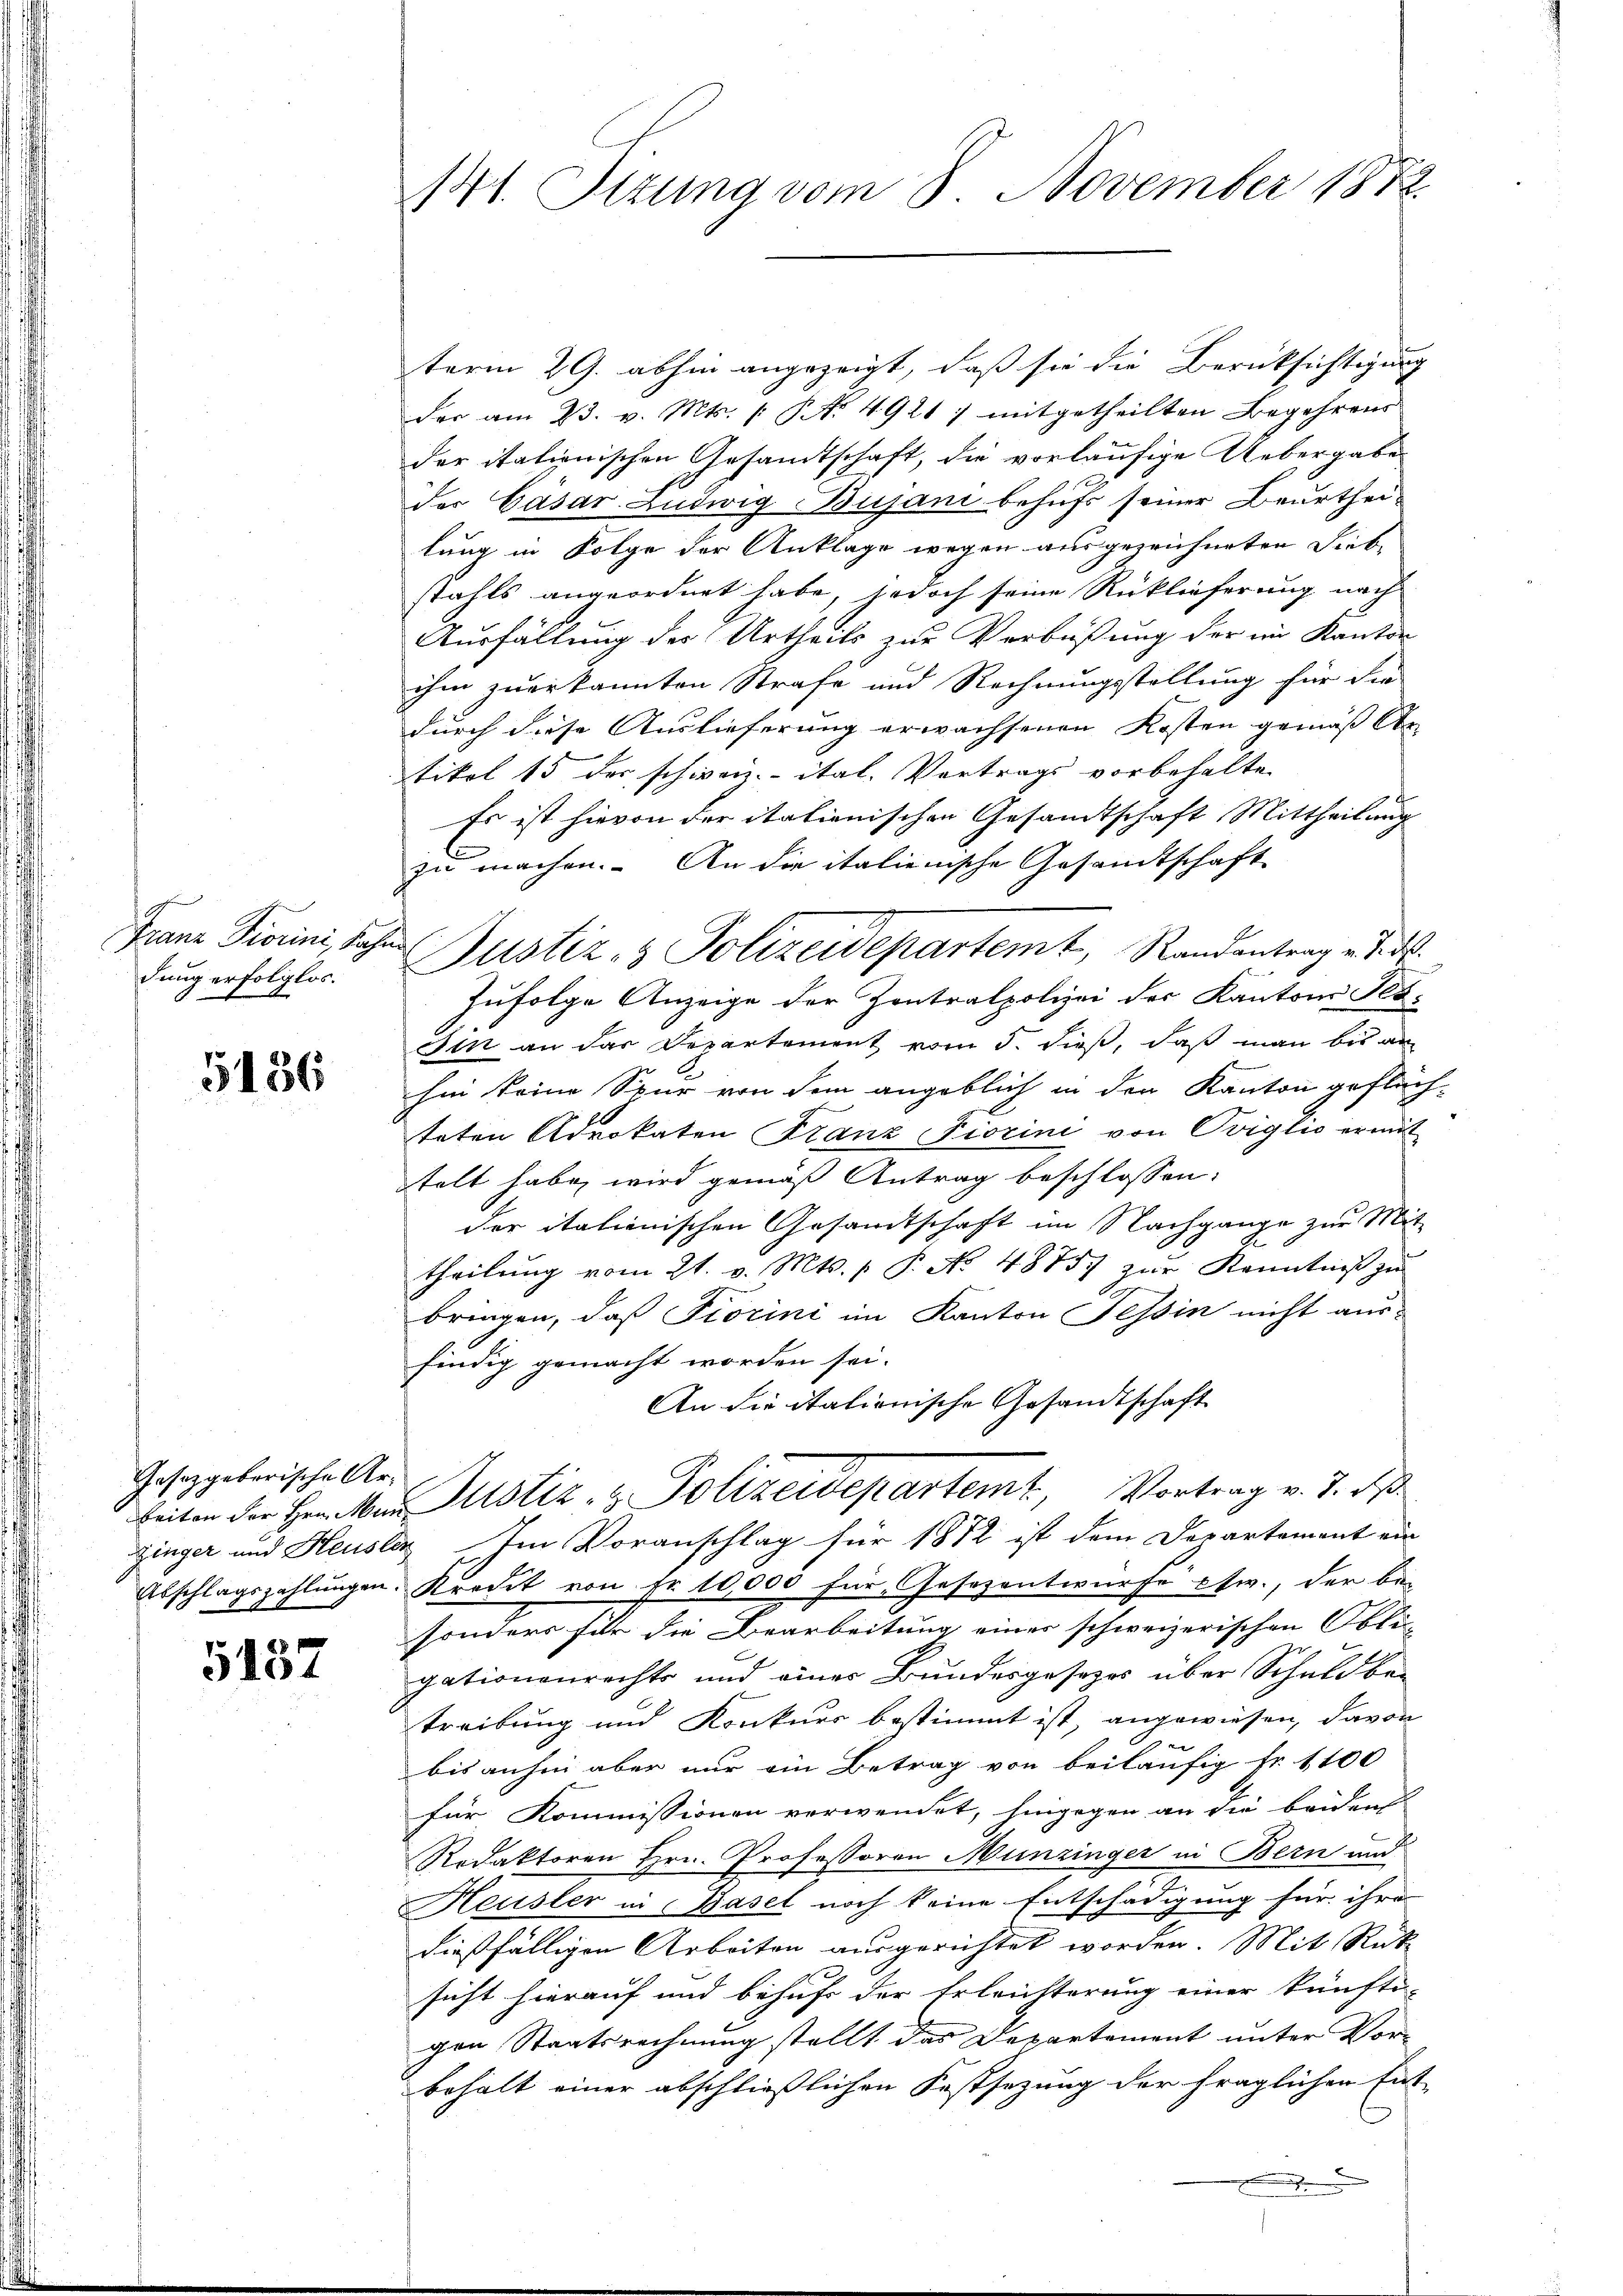
Franz Fiorini, Pap
dung erfolglos.

5136

Gesetzgeberische Ar¬
Abschlagsz.

5137

141. Sizung vom 8. November 1872

term 29. abhin angezeigt, daß sie die Berüksichtigung
der am 23. v. Mts. ( NNo. 4921 7 mitgetheilten Begehrens
der italienischen Gesamtschaft, die vorläufige Uebergabe
der Gasar Ludwig Bujani behufs seiner Beurtheilung in Folge der Anklage wegen ausgezeichneten Siebstahls angeordnet habe, jedoch seine Rücklieferung nach
Ausfällung des Urtheils zur Verbüßung der im Kanton
ihm zuerkannten Strafe und Rechnungsstellung für die
durch diese Auslieferung erwachsenen Kosten gemäß Ar
tikel 15 der schweiz.- ital. Vortrags vorbehalte
Es ist hievon der itationischen Gesandtschaft Mittheilung
zu machen. An die italienische Gesandtschaft
 Justiz- & Polizeidepartemt, Randantrag d. d.
Zufolge Anzeige der Zentralpolizei der Kantons Tes-
Sin an das Departement vom 5. dieß, daß man bis an
hin keine Spur von dem angeblich in den Kanton geflüchteten Advokaten Franz Fiorini von Oviglio ermit
telt habe, wird gemäß Antrag beschlossen:
der italienischen Gesandtschaft im Nachgange zur Mit-
theilŭng vom 21. v. Mts. 1 P. No. 4875) zŭr Kenntniβ zŭ
bringen, daß Fiorini im Kanton Tessin nicht aus-
findig gemacht worden sei.
An die italionische Gesandtschaft
beiten der Herrn Justiz- & Polizeidepartemt, Vortrag v. J. de
Zinger und Heusler Im Voranschlag für 1872 ist dem Departement ein
chlungen. Kredit von Fr. 10,000 für Gesezentwurfe etw., der be-
sonders für die Bearbeitung eines schweizerischen Obli-
gationenrechts und eines Bundesgesetzes über Schuldbe¬
Treibung und Konkurs bestimmt ist, angewiesen, davon
e
bis anhin aber nur ein Betrag von beiläufig fr. 1100
für Kommissionen verwendet, hingegen an die beidens
Redaktoren Hrn. Professoren Munzinger in Bern und
Heusler in Basel noch keine Entschädigung für ihre
dießfälligen Arbeiten ausgerichtet worden. Mit Rück
sicht hierauf und behufs der Erleihterung einer künfti-
gen Staatsrechnung stellt das Departement unter Vor-
behalt einer abschließlichen Festsezung der fraglichen Ent-
.